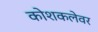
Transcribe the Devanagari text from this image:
कोशकलेवर